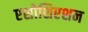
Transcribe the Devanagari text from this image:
एशोशिएशन